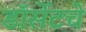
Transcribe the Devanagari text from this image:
डॉर्सेटचे